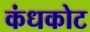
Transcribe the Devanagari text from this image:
कंधकोट